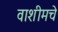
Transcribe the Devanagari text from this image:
वाशीमचे